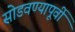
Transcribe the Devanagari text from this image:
सोडवण्यापूर्वी